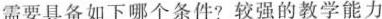
需要具备如下哪个条件?较强的教学能力